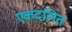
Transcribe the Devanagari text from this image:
एकदलित